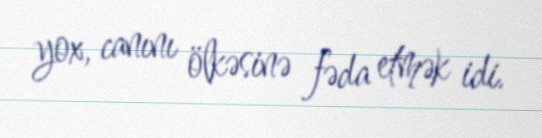
yox, canını ölkəsinə fəda etmək idi.